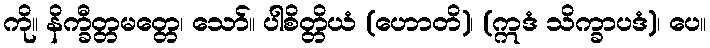
ကို။ နိက္ခီတ္တမတ္တေ၊ သော်။ ပါစိတ္တိယံ (ဟောတိ)၊ (ဣဒံ သိက္ခာပဒံ)၊ ပေ။